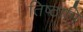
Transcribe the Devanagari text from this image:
तिष्‍ठामि